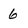
Character: 6